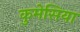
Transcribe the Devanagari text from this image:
कुमेसिया